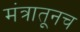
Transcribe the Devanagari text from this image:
मंत्रातूनच